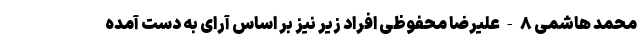
محمد هاشمی ۸-علیرضا محفوظی افراد زیر نیز بر اساس آرای به دست آمده